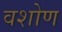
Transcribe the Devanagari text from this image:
वशोण